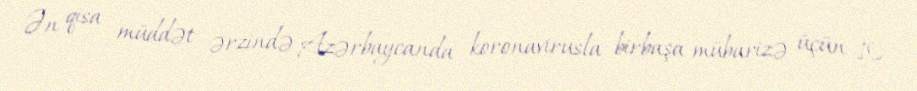
Ən qısa müddət ərzində Azərbaycanda koronavirusla birbaşa mübarizə üçün 10